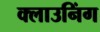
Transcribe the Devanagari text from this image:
क्लाउनिंग